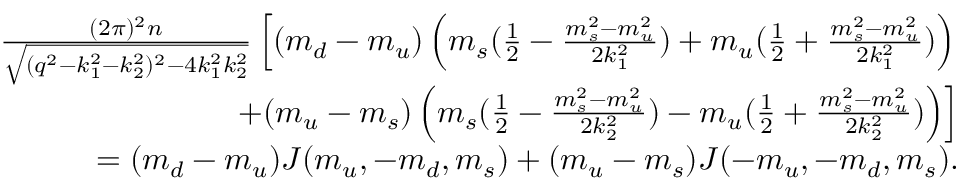
\begin{array} { r l r } & { } & { \frac { ( 2 \pi ) ^ { 2 } n } { \sqrt { ( q ^ { 2 } - k _ { 1 } ^ { 2 } - k _ { 2 } ^ { 2 } ) ^ { 2 } - 4 k _ { 1 } ^ { 2 } k _ { 2 } ^ { 2 } } } \left[ ( m _ { d } - m _ { u } ) \left( m _ { s } ( \frac { 1 } { 2 } - \frac { m _ { s } ^ { 2 } - m _ { u } ^ { 2 } } { 2 k _ { 1 } ^ { 2 } } ) + m _ { u } ( \frac { 1 } { 2 } + \frac { m _ { s } ^ { 2 } - m _ { u } ^ { 2 } } { 2 k _ { 1 } ^ { 2 } } ) \right) \right. } \\ & { } & { \left. + ( m _ { u } - m _ { s } ) \left( m _ { s } ( \frac { 1 } { 2 } - \frac { m _ { s } ^ { 2 } - m _ { u } ^ { 2 } } { 2 k _ { 2 } ^ { 2 } } ) - m _ { u } ( \frac { 1 } { 2 } + \frac { m _ { s } ^ { 2 } - m _ { u } ^ { 2 } } { 2 k _ { 2 } ^ { 2 } } ) \right) \right] } \\ & { } & { = ( m _ { d } - m _ { u } ) J ( m _ { u } , - m _ { d } , m _ { s } ) + ( m _ { u } - m _ { s } ) J ( - m _ { u } , - m _ { d } , m _ { s } ) . } \end{array}